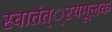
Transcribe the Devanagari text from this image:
स्वातंत््रयमूलक